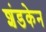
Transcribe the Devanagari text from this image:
शंडकेन